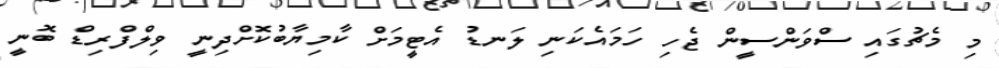
މި މެޗުގައި ސްވަންސީން ޖެހި ހަމައެކަނި ލަނޑު އެޓީމަށް ކާމިޔާބުކޮށްދިނީ ވިލްފްރިޑް ބޮނީ